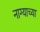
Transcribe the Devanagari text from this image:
नाग्याच्या